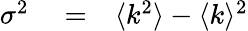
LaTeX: \begin{array}{rlr}{\sigma^{2}}&{{}=}&{\langle k^{2}\rangle-\langle k\rangle^{2}}\end{array}